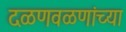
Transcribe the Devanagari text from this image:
दळणवळणांच्या